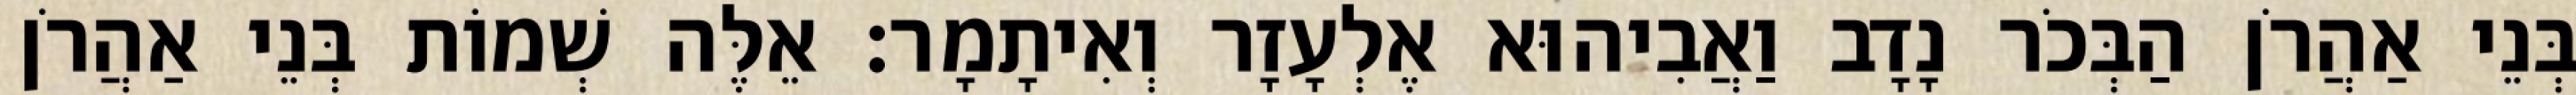
בְּנֵי אַהֲרֹן הַבְּכֹר נָדָב וַאֲבִיהוּא אֶלְעָזָר וְאִיתָמָר׃ אֵלֶּה שְׁמוֹת בְּנֵי אַהֲרֹן